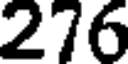
276